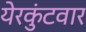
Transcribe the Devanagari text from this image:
येरकुंटवार